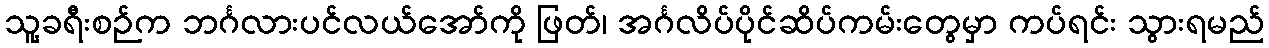
သူ့ခရီးစဉ်က ဘင်္ဂလားပင်လယ်အော်ကို ဖြတ်၊ အင်္ဂလိပ်ပိုင်ဆိပ်ကမ်းတွေမှာ ကပ်ရင်း သွားရမည်